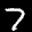
Label: 7